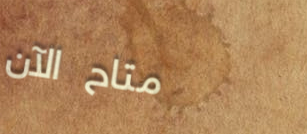
متاح الآن